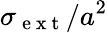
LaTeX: \sigma_{\mathrm{~e~x~t~}}/a^{2}